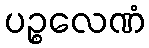
ပဉ္စလေဏံ